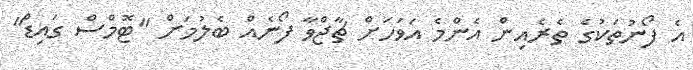
އެ ފޯނުތަކުގެ ތެރެއިން އެންމެ އަވަހަށް ޗާޖްވާ ފޯނެއް ބެލުމަށް "ޓޮމްސް ގައިޑް"